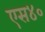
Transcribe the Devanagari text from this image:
एस४०